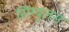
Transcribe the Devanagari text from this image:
सिंग्युलस